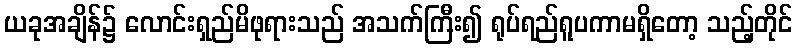
ယခုအချိန်၌ လောင်းရှည်မိဖုရားသည် အသက်ကြီး၍ ရုပ်ရည်ရူပကာမရှိတော့ သည့်တိုင်